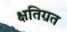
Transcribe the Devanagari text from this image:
क्षतिग्रत